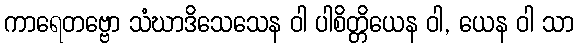
ကာရေတဗ္ဗော သံဃာဒိသေသေန ဝါ ပါစိတ္တိယေန ဝါ, ယေန ဝါ သာ